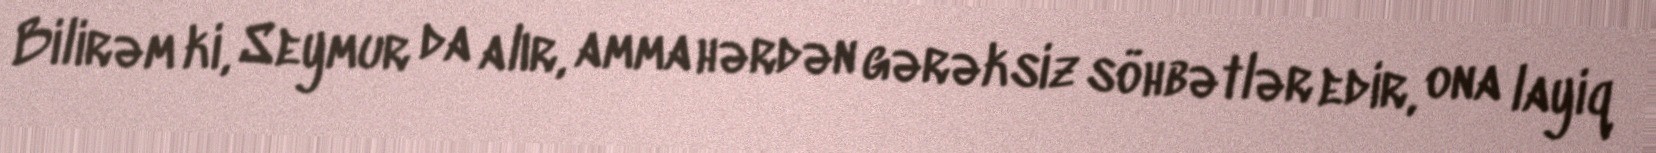
Bilirəm ki, Seymur da alır, amma hərdən gərəksiz söhbətlər edir, ona layiq